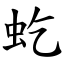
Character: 虼